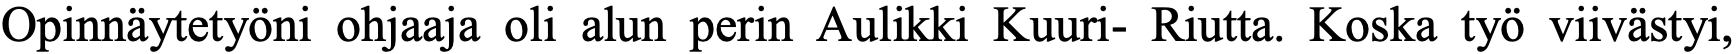
Opinnäytetyöni ohjaaja oli alun perin Aulikki Kuuri- Riutta. Koska työ viivästyi,